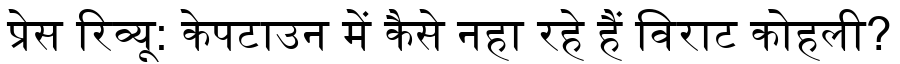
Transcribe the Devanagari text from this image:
प्रेस रिव्यू: केपटाउन में कैसे नहा रहे हैं विराट कोहली?